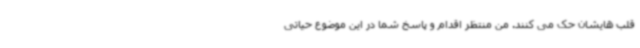
قلب هایشان حک می کنند. من منتظر اقدام و پاسخ شما در این موضوع حیاتی